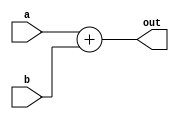
module Add(input [7 : 0] a, b, output[7 : 0] out);
  assign out = a + b;
endmodule